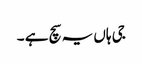
جی ہاں یہ سچ ہے ۔